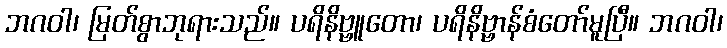
ဘဂဝါ၊ မြတ်စွာဘုရားသည်။ ပရိနိဗ္ဗူတော၊ ပရိနိဗ္ဗာန်စံတော်မူပြီ။ ဘဂဝါ၊